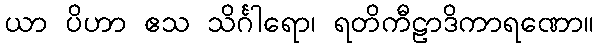
ယာ ပိဟာ ဧသ သိင်္ဂါရော၊ ရတိကီဠာဒိကာရဏော။